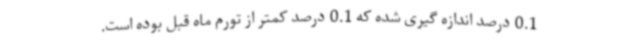
0.1 درصد اندازه گیری شده که 0.1 درصد کمتر از تورم ماه قبل بوده است.